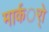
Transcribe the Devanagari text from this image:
मार्कर्ो